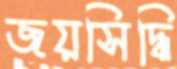
জয়সিদ্ধি